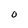
Character: 0